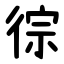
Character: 徖